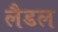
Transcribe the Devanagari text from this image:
लैडल